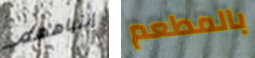
إنتباههم بالمطعم